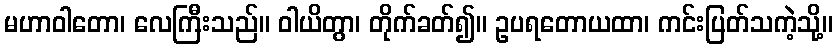
မဟာဝါတော၊ လေကြီးသည်။ ဝါယိတွာ၊ တိုက်ခတ်၍။ ဥပရတောယထာ၊ ကင်းပြတ်သကဲ့သို့။